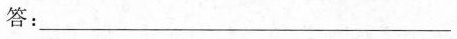
答：___